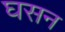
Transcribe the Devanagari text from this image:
घसन